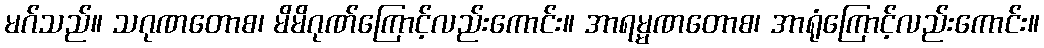
မဂ်သည်။ သဂုဏတောစ၊ မိမိဂုဏ်ကြောင့်လည်းကောင်း။ အာရမ္မဏတောစ၊ အာရုံကြောင့်လည်းကောင်း။